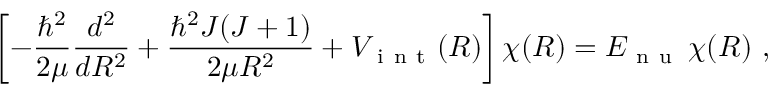
\left[ - \frac { \hbar ^ { 2 } } { 2 \mu } \frac { d ^ { 2 } } { d R ^ { 2 } } + \frac { \hbar ^ { 2 } J ( J + 1 ) } { 2 \mu R ^ { 2 } } + V _ { \mathrm { ~ i ~ n ~ t ~ } } ( R ) \right] \chi ( R ) = E _ { \mathrm { ~ n ~ u ~ } } \, \chi ( R ) \ ,